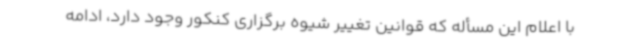
با اعلام این مسأله که قوانین تغییر شیوه برگزاری کنکور وجود دارد، ادامه